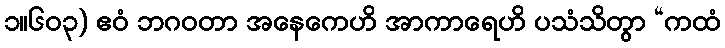
၁။၆၀၃) ဧဝံ ဘဂဝတာ အနေကေဟိ အာကာရေဟိ ပသံသိတွာ “ကထံ